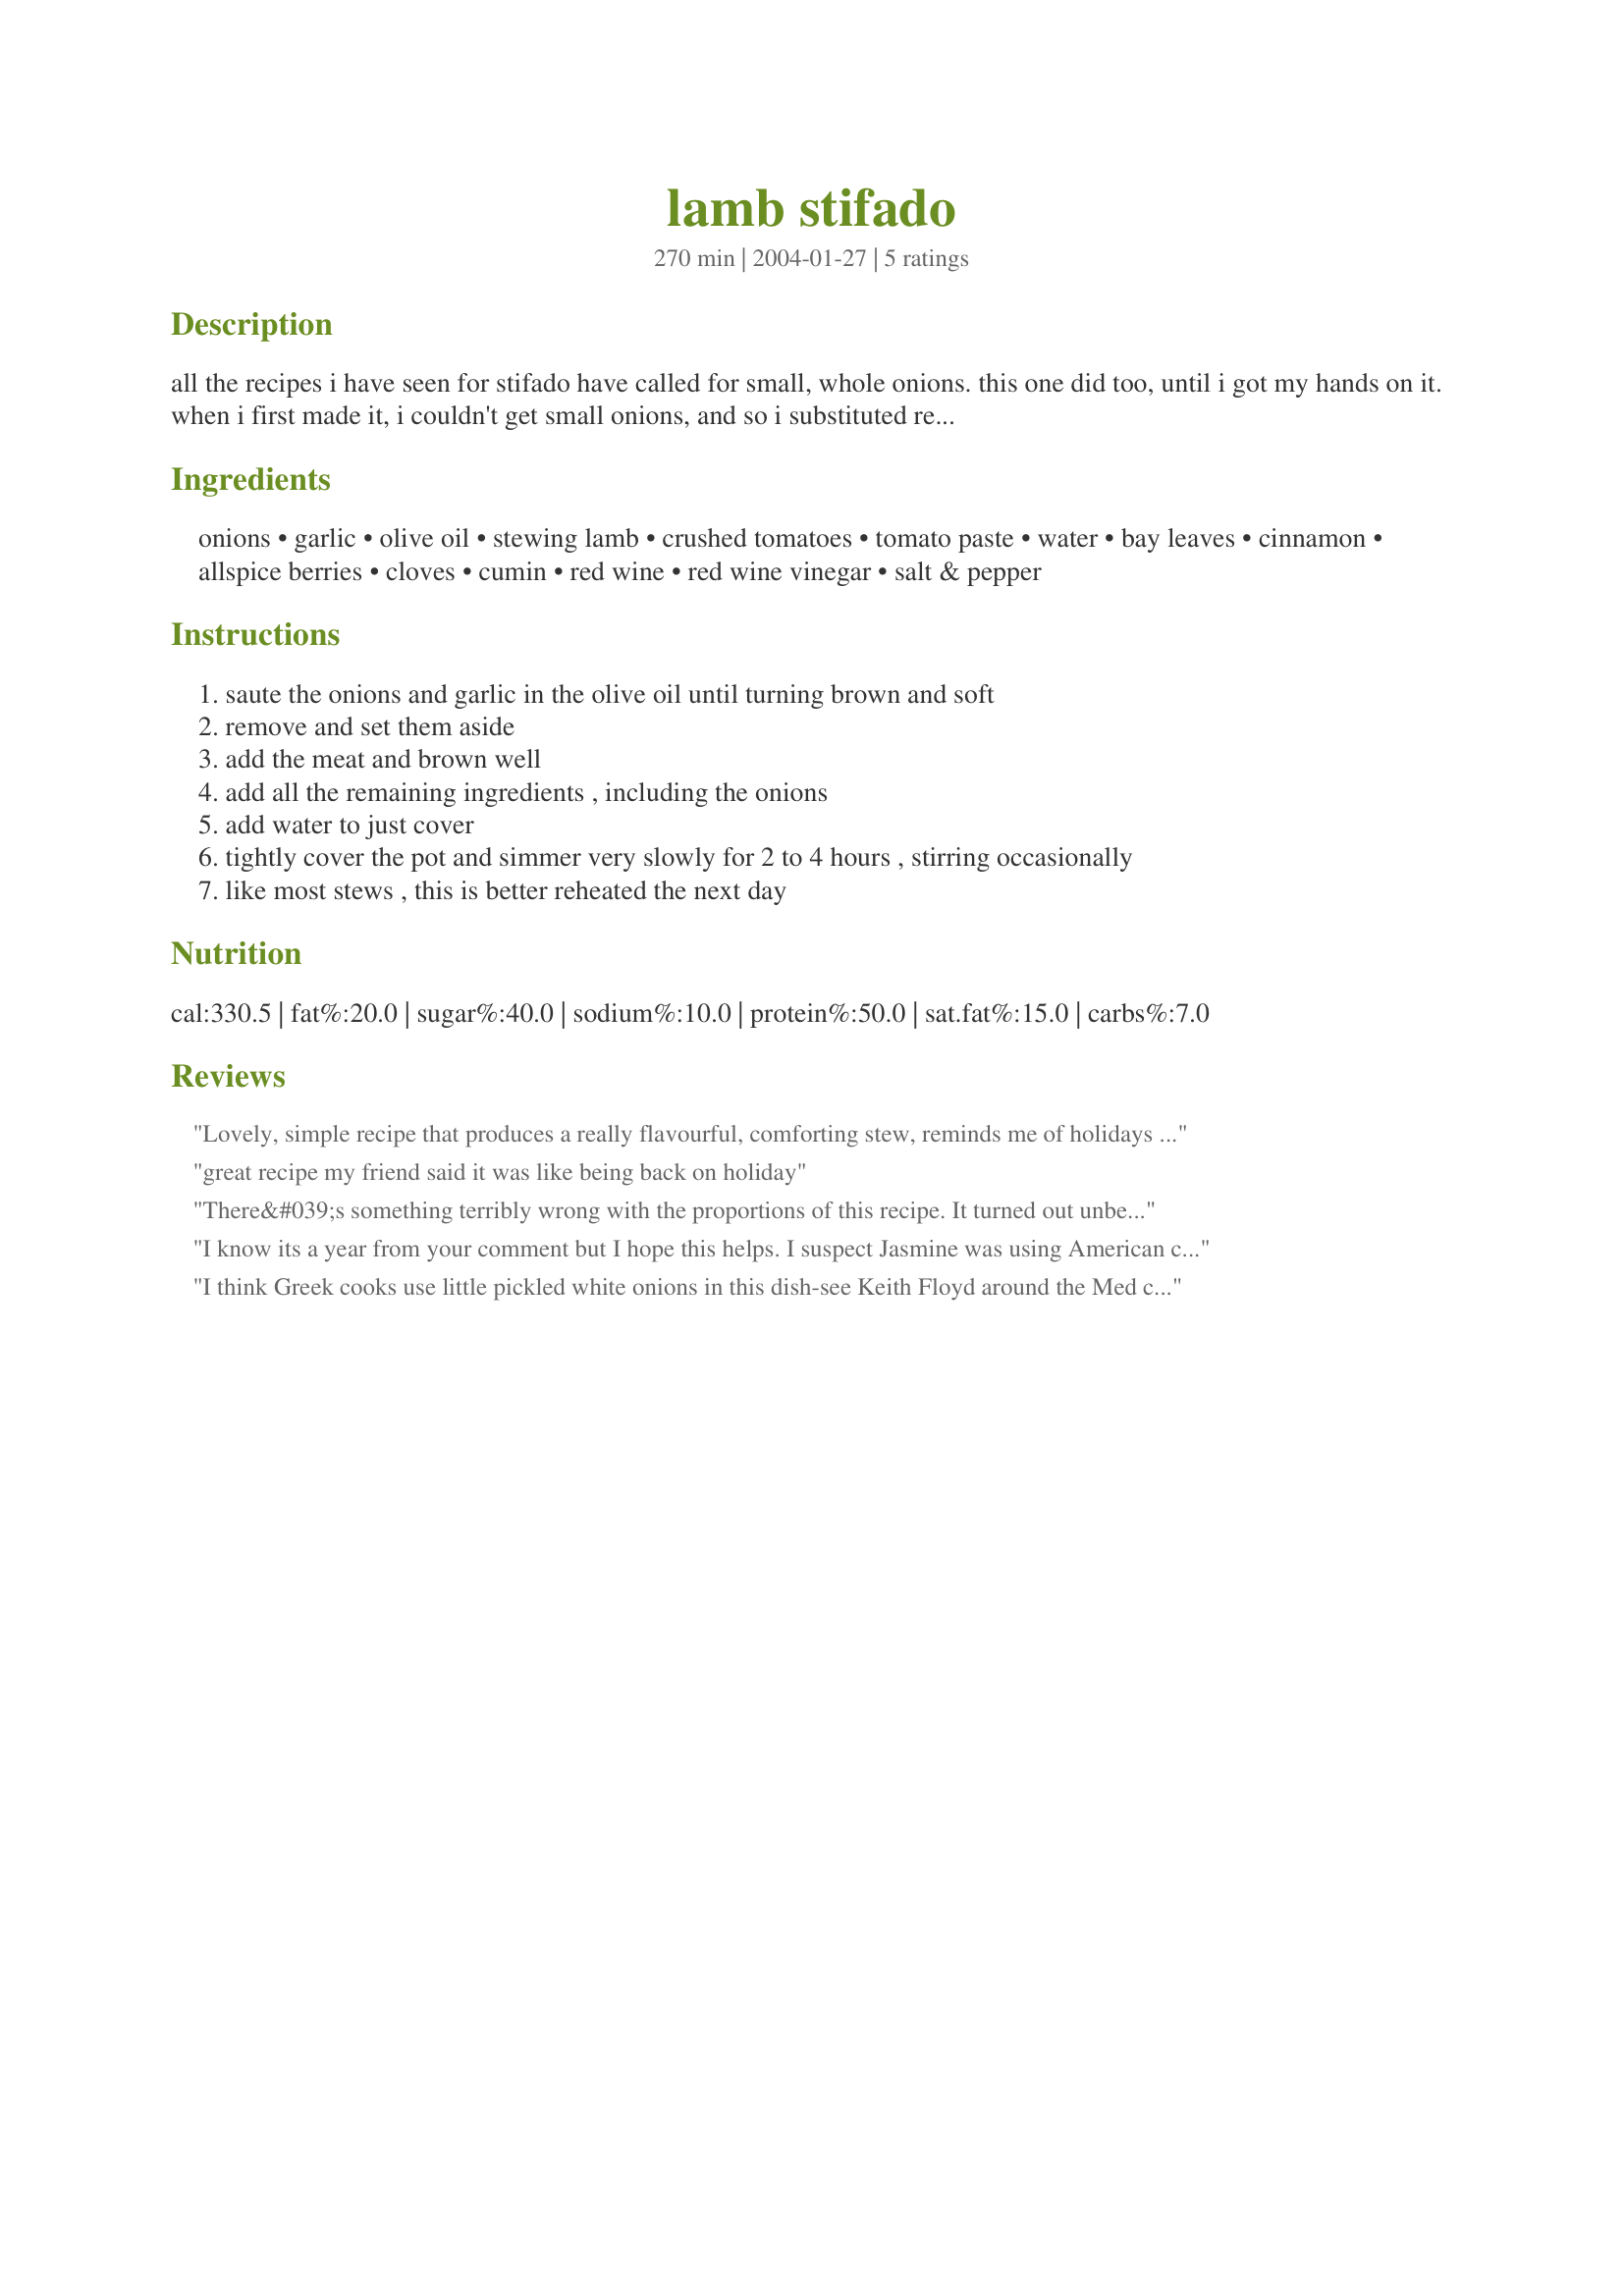
lamb stifado
Preparation time: 270 minutes

all the recipes i have seen for stifado have called for small, whole onions. this one did too, until i got my hands on it. when i first made it, i couldn't get small onions, and so i substituted regular cooking onions. when i was finally able to make it with the tiny onions, i was a little disappointed - i love the way the onion bits cook almost to a sauce, and are so sweet and mild. the smell of this stew is just amazing, and the flavour lives up to the promise of the aroma.

Ingredients:
onions, garlic, olive oil, stewing lamb, crushed tomatoes, tomato paste, water, bay leaves, cinnamon, allspice berries, cloves, cumin, red wine, red wine vinegar, salt & pepper

Steps:
saute the onions and garlic in the olive oil until turning brown and soft
remove and set them aside
add the meat and brown well
add all the remaining ingredients , including the onions
add water to just cover
tightly cover the pot and simmer very slowly for 2 to 4 hours , stirring occasionally
like most stews , this is better reheated the next day

Reviews:
Lovely, simple recipe that produces a really flavourful, comforting stew, reminds me of holidays on Greek islands and tastes like it took a lot more work than it does!
great recipe my friend said it was like being back on holiday
There&#039;s something terribly wrong with the proportions of this recipe. It turned out unbearably sour. I doubled the recipe ,but i followed the recipe to the T. Such a waste of ingredients. There are other recipes on the net for lamb stifado and they call for considerably smaller amount of wine andnparticularly vinegar, then too for much larger piece of lamb. And the method is slightly different. .. It didn&#039;t work for me, although other people have rated it 3 stars, i cant give more than 1 star.
I know its a year from your comment but I hope this helps. I suspect Jasmine was using American cup sizes for vinegar: that is half a pint in this recipe. That&#039;s a wine glass on every plate. The recipe was possibly using Greek coffee cups.
Particularly if you convert this recipe for chicken, rabbit, or pork, a better way if doing it is to soak the meat in a covering of the vinegar for ten minutes when you start Then drain it off roughly. You want it still wet but no spare liquid running off to firm the sauce. It works with beef or lamb too, but just adding a couple of tablespoons will do for them. Giving time to marinade the meat a bit is less important for stronger flavoured meats.
I think Greek cooks use little pickled white onions in this dish-see Keith Floyd around the Med cooking
